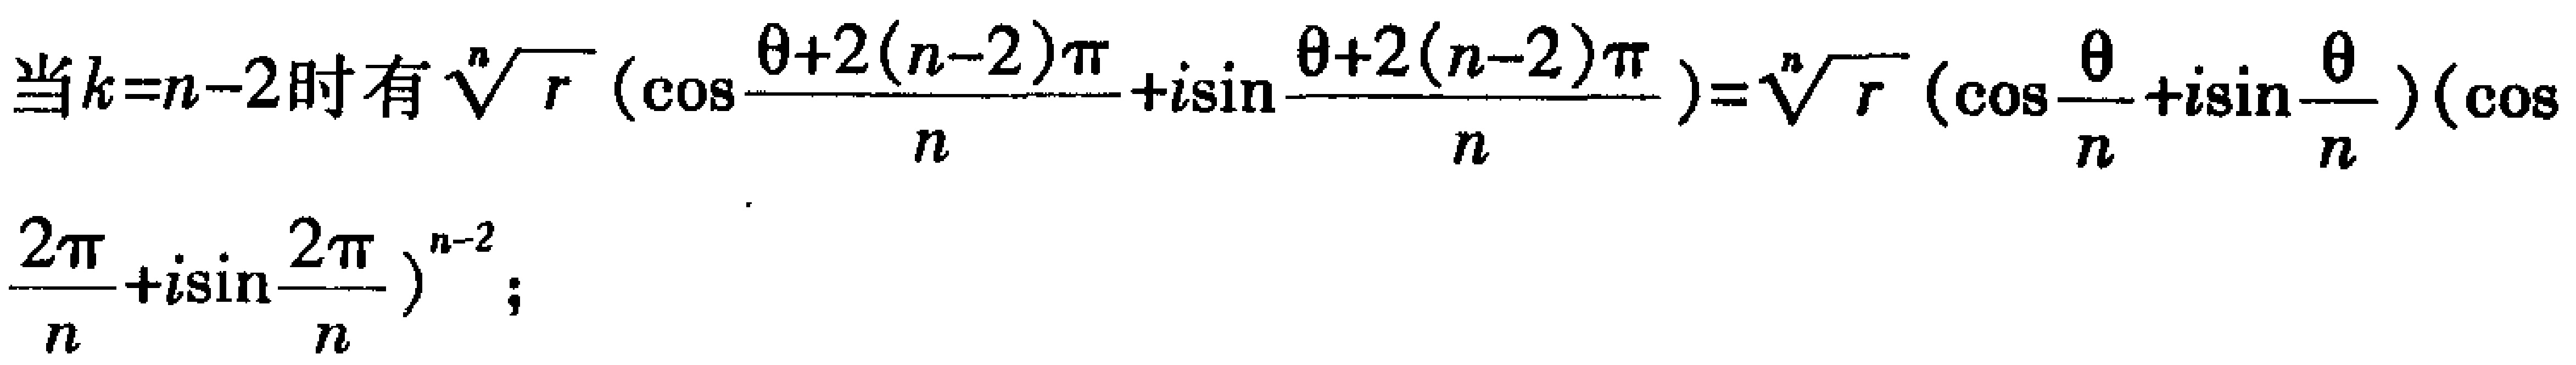
当 \(k = n - 2\) 时有 \(\sqrt[n]{r}\left(\cos\frac{\theta + 2(n - 2)\pi}{n}+i\sin\frac{\theta + 2(n - 2)\pi}{n}\right)=\sqrt[n]{r}\left(\cos\frac{\theta}{n}+i\sin\frac{\theta}{n}\right)\left(\cos\frac{2\pi}{n}+i\sin\frac{2\pi}{n}\right)^{n - 2}\);